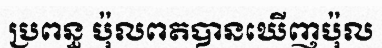
ប្រពន្ធ ប៉ុលពតបានឃើញប៉ុល